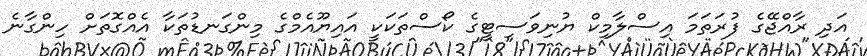
އަދި ރާއްޖޭގެ ފުރަތަމަ އިސްލާމިކް ޔުނިވަސިޓީގެ ކޯސްތަކަކީ އައިޔޫއެމްގެ މިންގަނޑުތަކާ އެއްގޮތަށް ހިންގާނެ